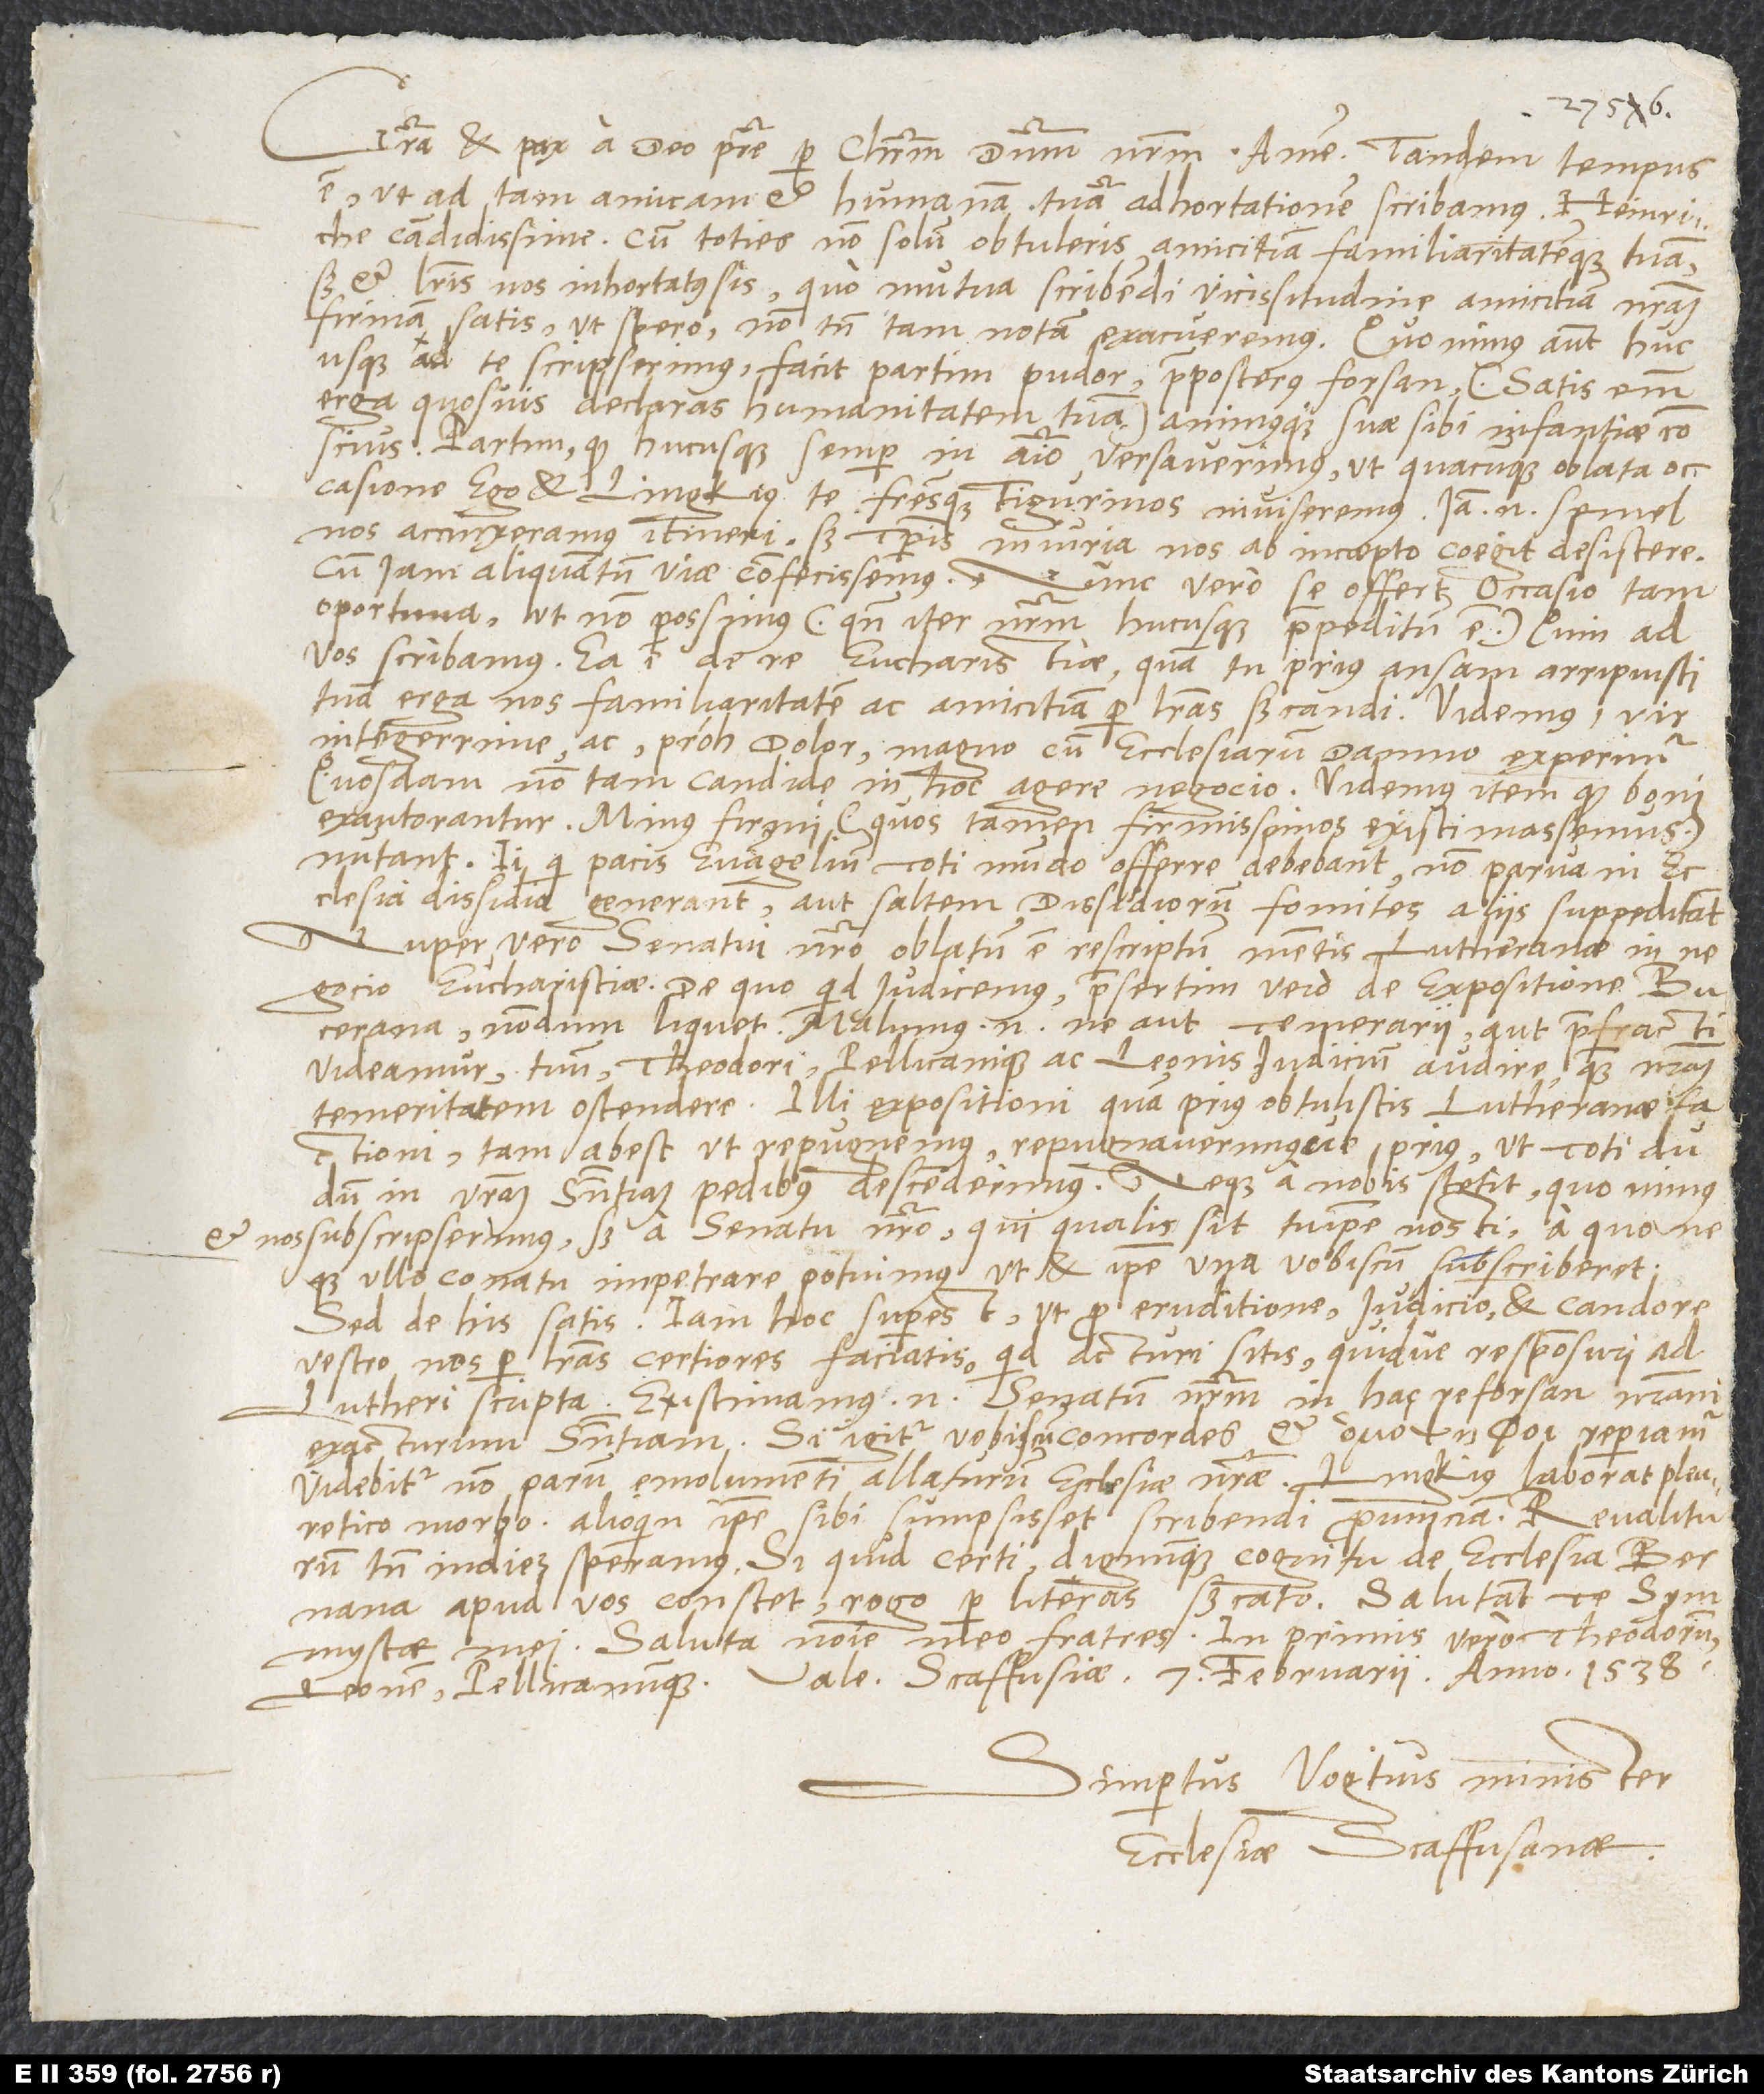
Gratia et pax a deo patre per Christum dominum nostrum. Amen. Tandem tempus
est, ut ad tam amicam et humanam tuam adhortationem scribamus, Heinriche
candidissime, cum toties non solum obtuleris amicitiam familiaritatemque tuam,
sed et literis nos inhortatus sis, quo mutua scribendi vicissitudine amicitiam nostram
firmam satis, ut spero, non tamen tam notam, exacueremus. Quo minus autem
hucusque ad te scripserimus, facit partim pudor praeposterus forsan (satis enim
erga quosvis declaras humanitatem tuam) animusque suae sibi infantiae conscius,
partim, quod hucusque semper in animo versaverimus, ut quacunque oblata occasione
ego et Lingkius te fratresque Tigurinos inviseremus. Iam enim semel
nos accinxeramus itineri, sed temporis iniuria nos ab incepto coegit desistere,
cum iam aliquantum viae confecissemus.
Nunc vero se offert occasio tam
oportuna, ut non possimus (quoniam iter nostrum hucusque praepeditum est), quin ad
vos scribamus. Ea est de re eucharistiae, quam tu prius ansam arripuisti
tuam erga nos familiaritatem ac amicitiam per literas significandi. Videmus, vir
integerrime, ac, proh dolor, magno cum ecclesiarum damno experimur
quosdam non tam candide in hoc agere negocio. Videmus item, quod boni
exautorantur, minus firmi (quos tamen firmissimos existimassemus)
nutant. Ii, qui pacis evangelium toti mundo offerre debebant, non parva in
ecclesia dissidia generant aut saltem dissidiorum fomites aliis suppeditant.
Nuper vero senatui nostro oblatum est rescriptum mentis Lutheranae in
negocio eucharistiae. De quo quid iudicemus, praesertim vero de expositione Bucerana,
nondum liquet. Malumus enim, ne aut temerarii aut praefracti
videamur, tuum, Theodori, Pellicanique ac Leonis iudicium audire quam nostram
temeritatem ostendere. Illi expositioni, quam prius obtulistis Lutheranae factioni,
tam abest ut repugnemus repugnaverimusve prius, ut toti dudum
in vestram sententiam pedibus descenderimus. Neque a nobis stetit, quo minus
et nos subscripserimus, sed a senatu nostro, qui qualis sit, tuipse nosti, a quo neque
ullo conatu impetrare potuimus, ut et ipse una vobiscum subscriberet.
Sed de his satis. Iam hoc superest, ut pro eruditione, iudicio et candore
vestro nos per literas certiores faciatis, quid acturi sitis quidve responsuri ad
Lutheri scripta. Existimamus enim senatum nostrum in hac re forsan nostram
exacturum sententiam. Si igitur vobiscum concordes et reperiamur,
videbitur non parum emolumenti allaturum ecclesiae nostrae. Lingkius laborat pleuretico
morbo, alioquin ipse sibi sumpsisset scribendi provinciam. Revaliturum
tamen indies speramus. Si quid certi dignumque cognitu de ecclesia Bernana
apud vos constet, rogo, per literas significato. Salutant te symmystae
mei. Saluta nomine meo fratres, in primis vero Theodorum,
Leonem Pellicanumque. Vale. Scaffusiae, 7. februarii anno 1538.
Simpertus Vogtius, minister
ecclesiae Scaffusanae.